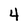
Character: 4